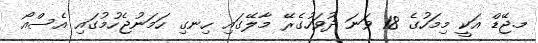
މ.ޖޭޑް އަކީ މިމަހުގެ 18 ވަނަ ދުވަހުގެރޭ މާލޭގައި ހިނގި ހަމަނުޖެހުމުގައި އެސްއޯ